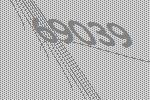
69039